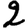
Digit: 2